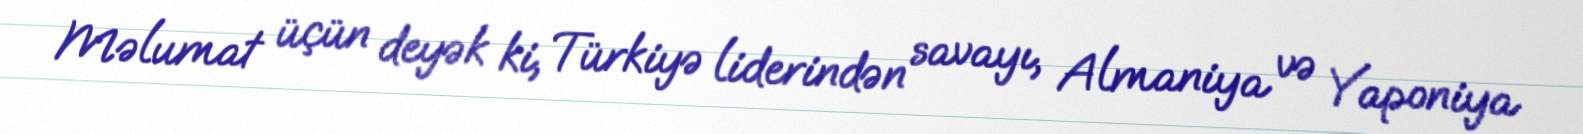
Məlumat üçün deyək ki, Türkiyə liderindən savayı, Almaniya və Yaponiya